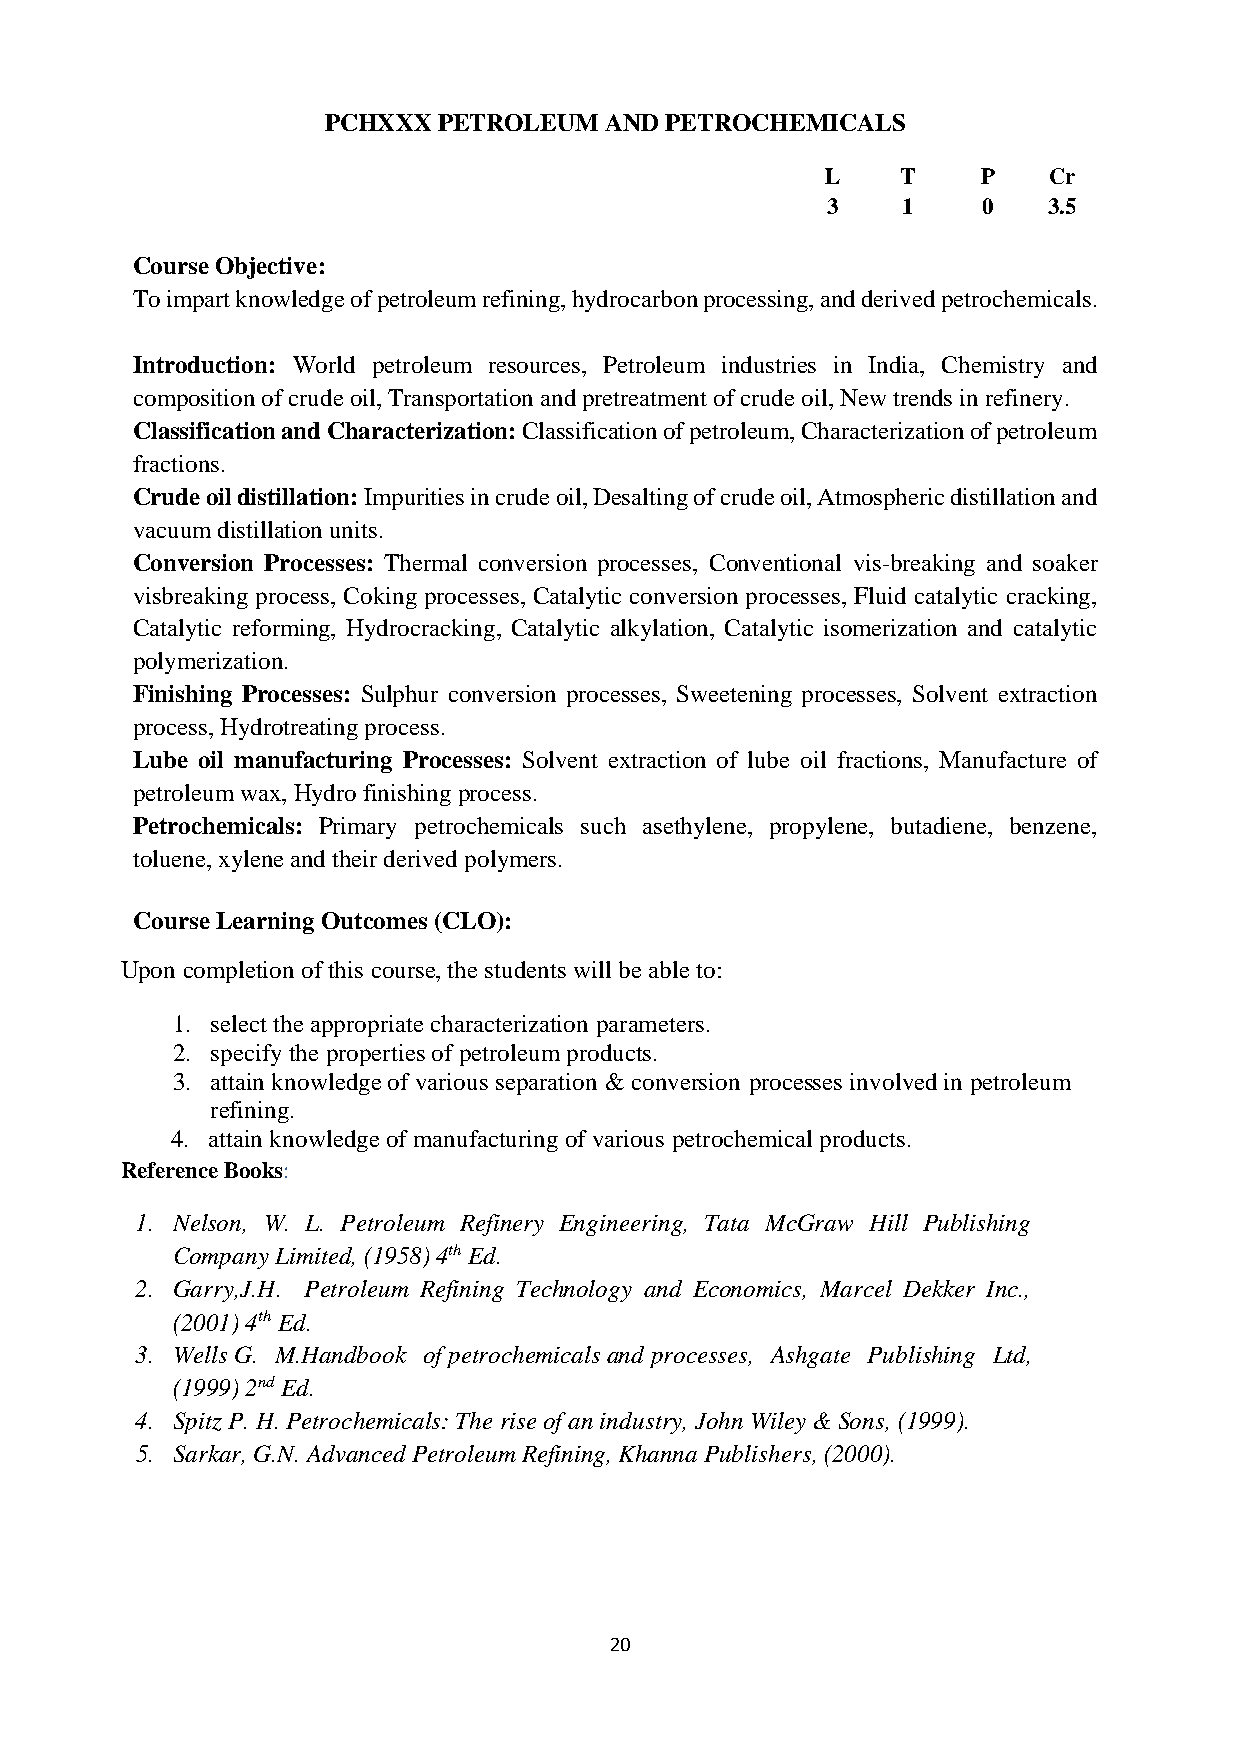
PCHXXX  PETROLEUM  AND PETROCHEMICALS
 L    T    P   Cr
 3    1    0   3.5
 Course Objective:
 To impart knowledge of petroleum refining, hydrocarbon processing, and derived petrochemicals.
 Introduction: World petroleum resources, Petroleum industries in India, Chemistry and
 composition of crude oil, Transportation and pretreatment of crude oil, New trends in refinery.
 Classification and Characterization: Classification of petroleum, Characterization of petroleum
 fractions.
 Crude oil distillation: Impurities in crude oil, Desalting of crude oil, Atmospheric distillation and
 vacuum distillation units.
 Conversion Processes: Thermal conversion processes, Conventional vis-breaking and soaker
 visbreaking process, Coking processes, Catalytic conversion processes, Fluid catalytic cracking,
 Catalytic reforming, Hydrocracking, Catalytic alkylation, Catalytic isomerization and catalytic
 polymerization.
 Finishing Processes: Sulphur conversion processes, Sweetening processes, Solvent extraction
 process, Hydrotreating process.
 Lube oil manufacturing Processes: Solvent extraction of lube oil fractions, Manufacture of
 petroleum wax, Hydro finishing process.
 Petrochemicals: Primary petrochemicals such asethylene, propylene, butadiene, benzene,
 toluene, xylene and their derived polymers.
 Course Learning Outcomes (CLO):
 Upon completion of this course, the students will be able to:
 1. select the appropriate characterization parameters.
 2. specify the properties of petroleum products.
 3. attain knowledge of various separation & conversion processes involved in petroleum
 refining.
 4. attain knowledge of manufacturing of various petrochemical products.
 Reference Books:
 1. Nelson, W. L. Petroleum Refinery Engineering, Tata McGraw Hill Publishing
 Company Limited, (1958) 4th Ed.
 2. Garry,J.H. Petroleum Refining Technology and Economics, Marcel Dekker Inc.,
 (2001) 4th Ed.
 3. Wells G. M.Handbook of petrochemicals and processes, Ashgate Publishing Ltd,
 (1999) 2nd Ed.
 4. Spitz P. H. Petrochemicals: The rise of an industry, John Wiley & Sons, (1999).
 5. Sarkar, G.N. Advanced Petroleum Refining, Khanna Publishers, (2000).
 20